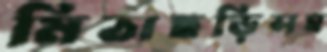
মিঠাছড়িসহ